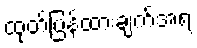
ထုတ်ပြန်ထားချက်အရ